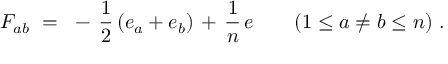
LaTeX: F _ { a b } ~ = ~ - \, { \frac { 1 } { 2 } } \left( e _ { a } + e _ { b } \right) \; \! + \, { \frac { 1 } { n } } \, e \qquad ( 1 \leq a \neq b \leq n ) ~ .